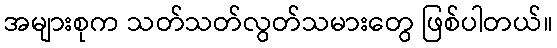
အများစုက သတ်သတ်လွတ်သမားတွေ ဖြစ်ပါတယ်။